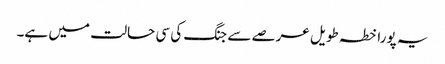
یہ پورا خطہ طویل عرصے سے جنگ کی سی حالت میں ہے۔